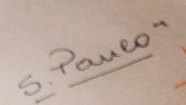
S.Paulo